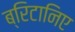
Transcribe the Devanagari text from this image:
ब्रिटानिए